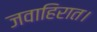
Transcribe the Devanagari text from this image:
जवाहिरात।